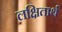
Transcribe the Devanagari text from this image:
लक्षितार्थ